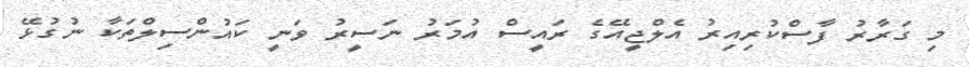
މި ގަރާރު ފާސްކުރިއިރު އެލްޖީއޭގެ ރައީސް އުމަރު ނަސީރު ވަނީ ކައުންސިލްތަކާ ނުގުޅޭ